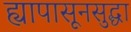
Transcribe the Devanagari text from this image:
ह्यापासूनसुद्धा